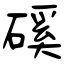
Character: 磎